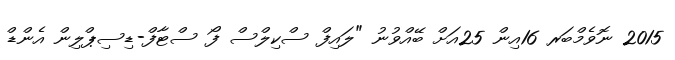
2015 ނޮވެމްބަރ 16އިން 25އަށް ބޭއްވުނު "ލައިފް ސްކިލްސް ފޯ ސްޓާފް-ޑިސިޕްލިން އެންޑް